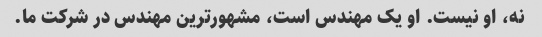
نه، او نیست. او یک مهندس است، مشهورترین مهندس در شرکت ما.